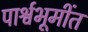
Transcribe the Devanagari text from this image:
पार्श्वभूमींत